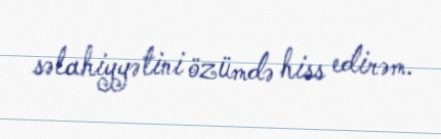
səlahiyyətini özümdə hiss edirəm.